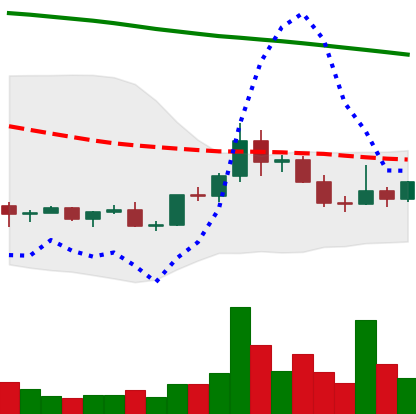
Ticker: DOGE-USD
Chart end date: 2022-02-15
Forward return: -9.814%
Label: down_7plus